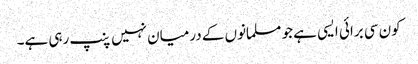
کون سی برائی ایسی ہے جو مسلمانوں کے درمیان نہیں پنپ رہی ہے۔